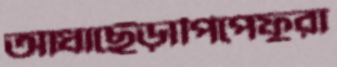
আধাছেঁড়াপিপেফুরা